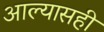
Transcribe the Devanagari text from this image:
आल्यासही